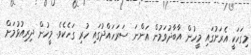
މިގަހަކީ އެރަށުގައި މީހުން އާބާދުވަމުން އަންނަ ސަރަހައްދުގައި ހުރި ގަހެކެވެ. މީހުން ދިރިއުޅުމަށް